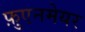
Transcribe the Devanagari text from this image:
फ़ुएनमेयर